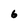
Character: 6